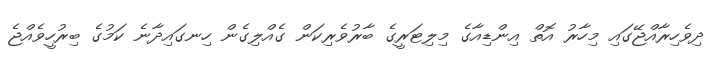
ދިވެހިރާއްޖޭގައި މިހާރު އޮތް އިންޑިއާގެ މިލިޓަރީގެ ބާރުވެރިކަން ގެއްލިގެން ހިނގައިދާނެ ކަމުގެ ބިރުހީވެއްޖެ